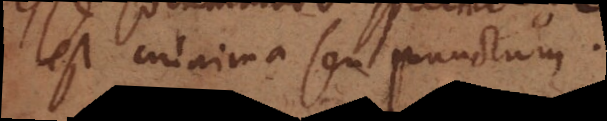
est minima seu punctum.